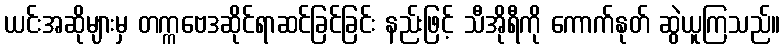
ယင်းအဆိုများမှ တက္ကဗေဒဆိုင်ရာဆင်ခြင်ခြင်း နည်းဖြင့် သီအိုရီကို ကောက်နုတ် ဆွဲယူကြသည်။